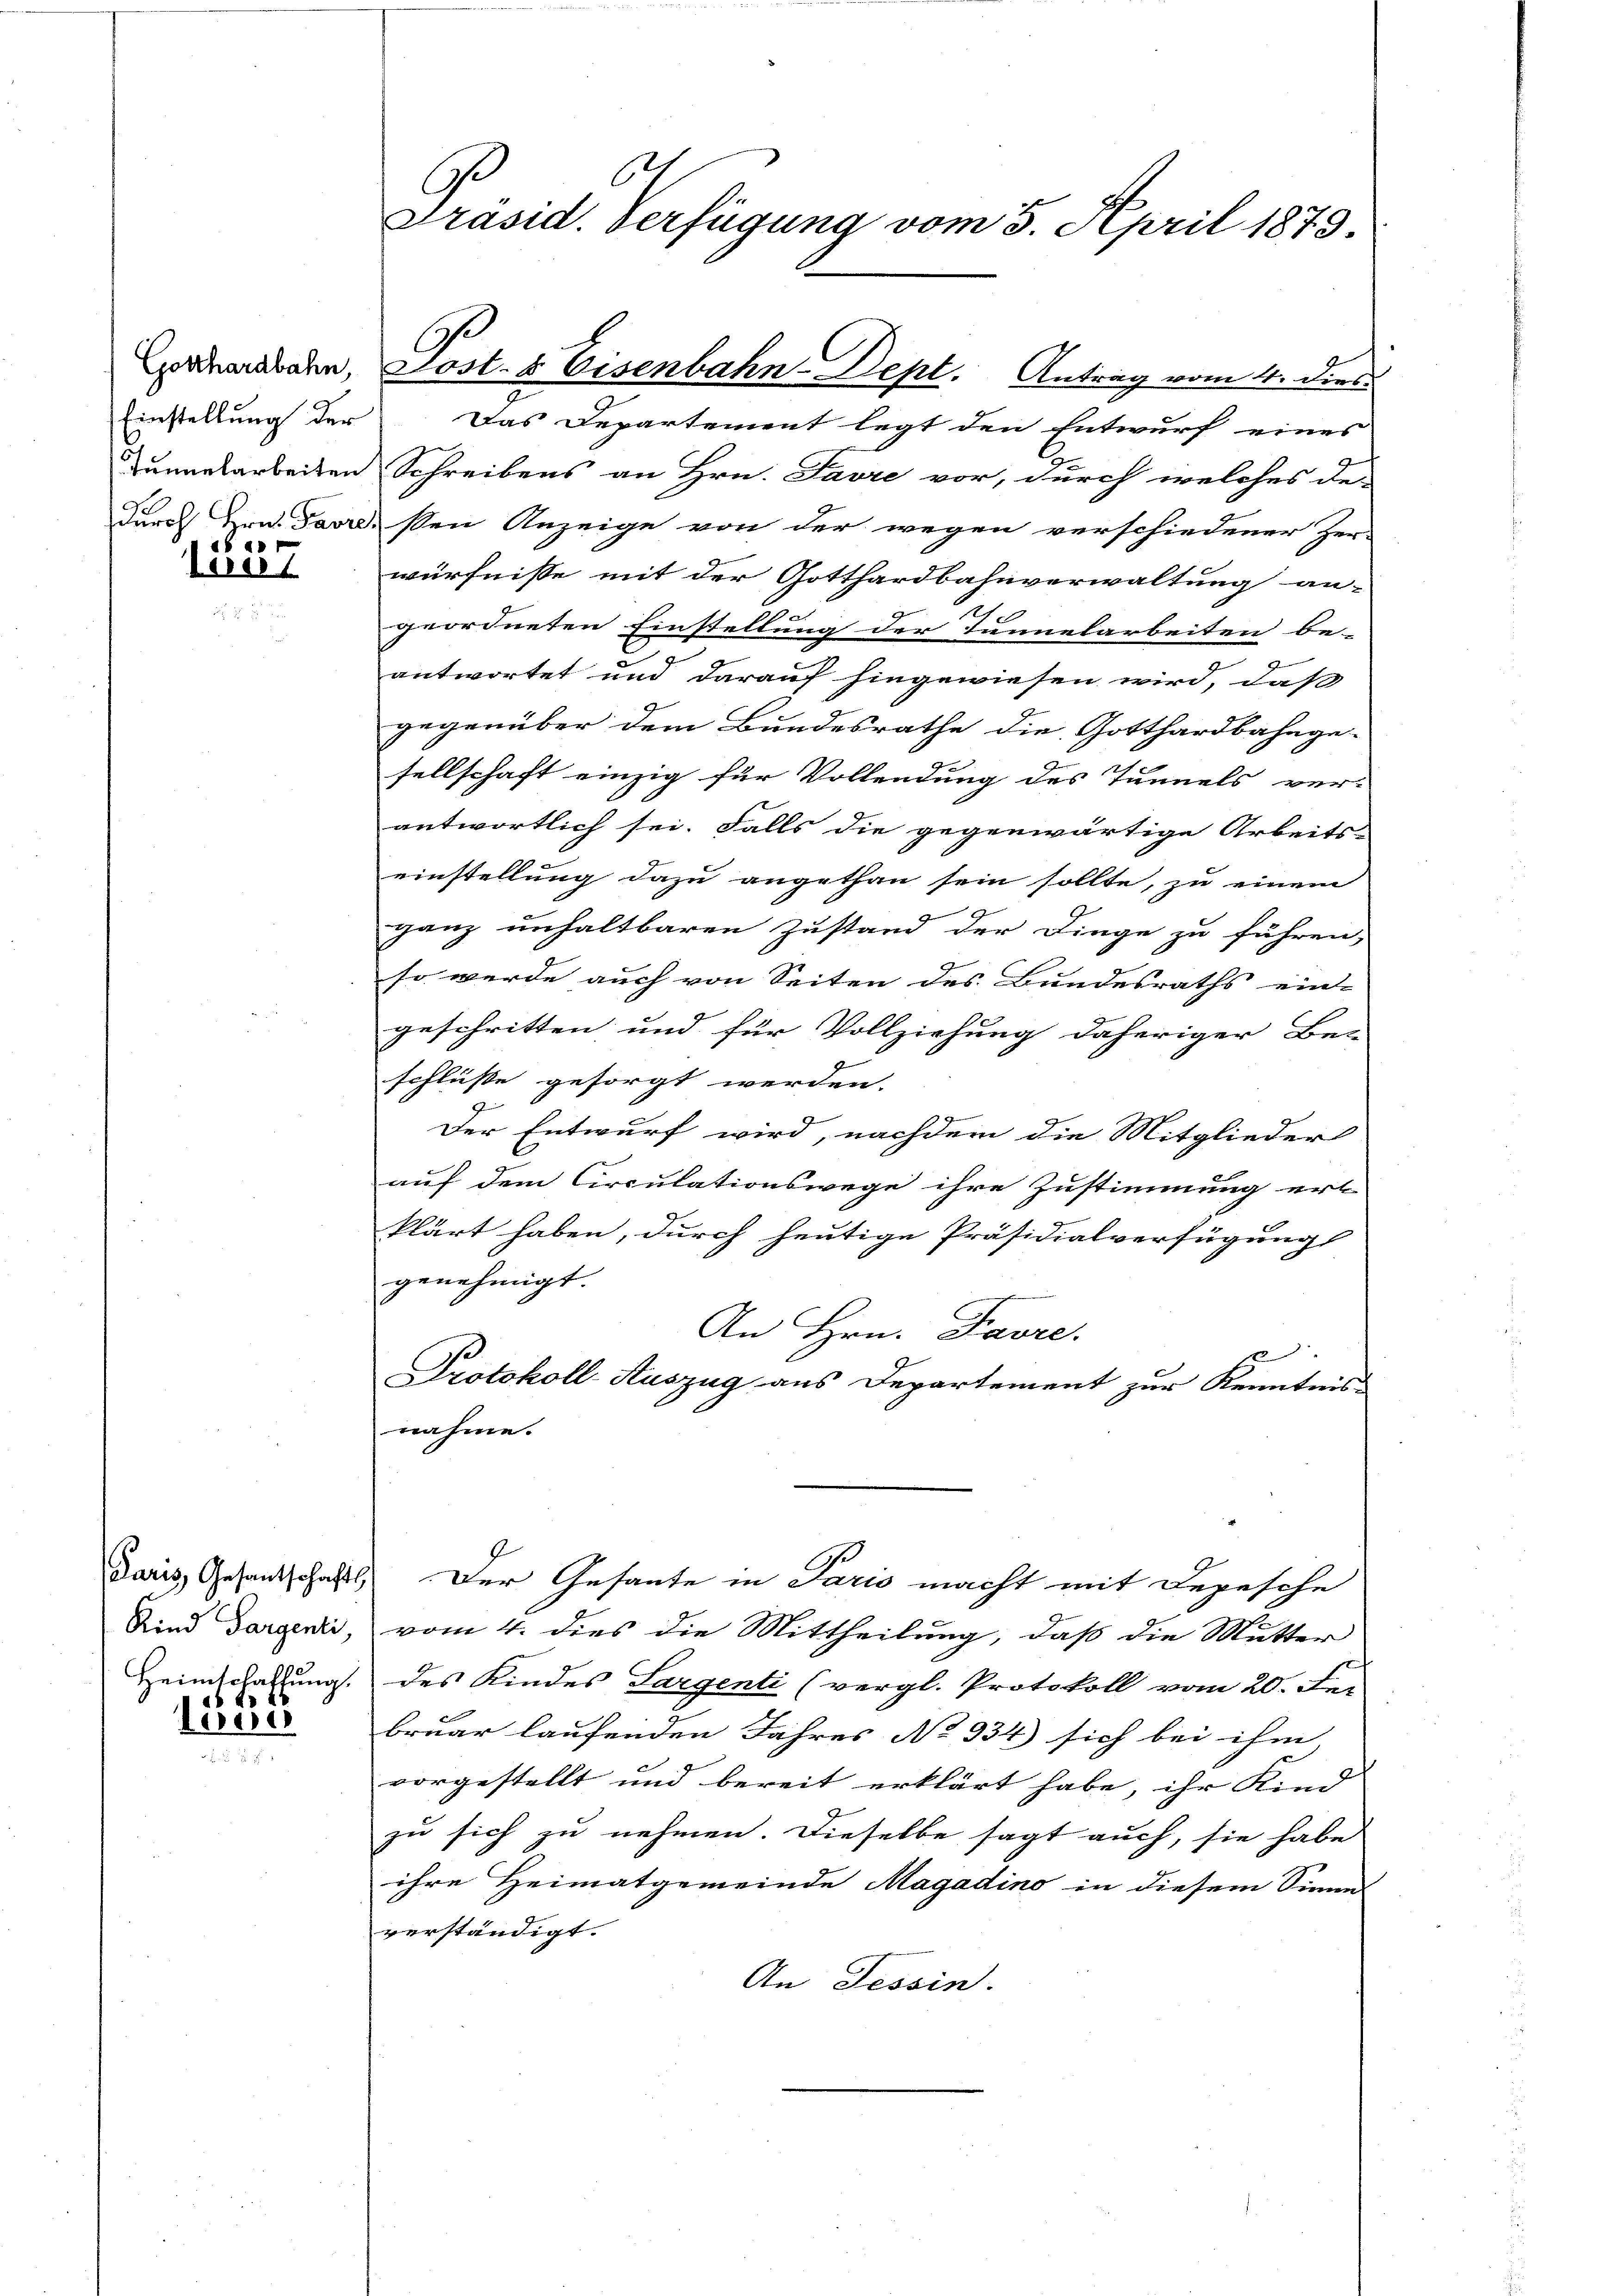
Einstellung der
x

Vere

16 f. 46

teue

Das Departement legt den Entwurf eines
e
Tunnelarbeiten Schreibens an Hrn. Pavre vor, durch welches de-
durch Hrn. Favre, sen Anzeige von der wegen verschiedener Zer-
würfnisse mit der Gotthardbahnverwaltung an-
geordneten Einstellung der Tunnelarbeiten be-
antwortet und darauf hingewiesen wird, daß
gegenüber dem Bundesrathe die Gotthardbahnge-
sellschaft einzig für Vollendung des Tunnels ver-
antwortlich sei. Falls die gegenwärtige Arbeits
einstellung dazu angethan sein sollte, zu einem
ganz unhaltbaren Zustand der Dinge zu führen,
so wurde auch von Seiten des Bundesraths ein-
geschritten und für Vollziehung daheriger Ben
schlüße gesorgt werden.
Der Entwurf wird, nachdem die Mitglieder
auf dem Circulationswege ihre Zustimmung erk
klärt haben, durch heutige Präsidialverfügung
genehmigt.
An Hrn. Favre.
1
Protokoll-Auszug aus Departement zur Kenntnis-
nahme.
Paris, Gesandschaft. Der Gesante in Paris macht mit Depesche
Sind dargendii, vom 4. dies die Mittheilung, daß die Mutter
Heimschaftung des Kindes Sargenti (vergl. Protokoll vom 20. Fer
bruar laufenden Jahres No 334) sich bei ihm
vorgestellt und bereit erklärt habe, ihr Kind |
zu sich zu nehmen. Dieselbe sagt auch, sie habe
ihre Heimatgemeinde Magadino in diesem Sinne
verständigt.
An Tessin.

6
Ge
Präsid. Verfügung vom 5. April 1873.

Corduanabaren, Post- & Eisenbahn-Dept. Antrag vom 4. dies